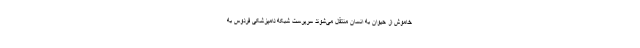
خاموش از حیوان به انسان منتقل می‌شوند سرپرست شبکه دامپزشکی فردوس به